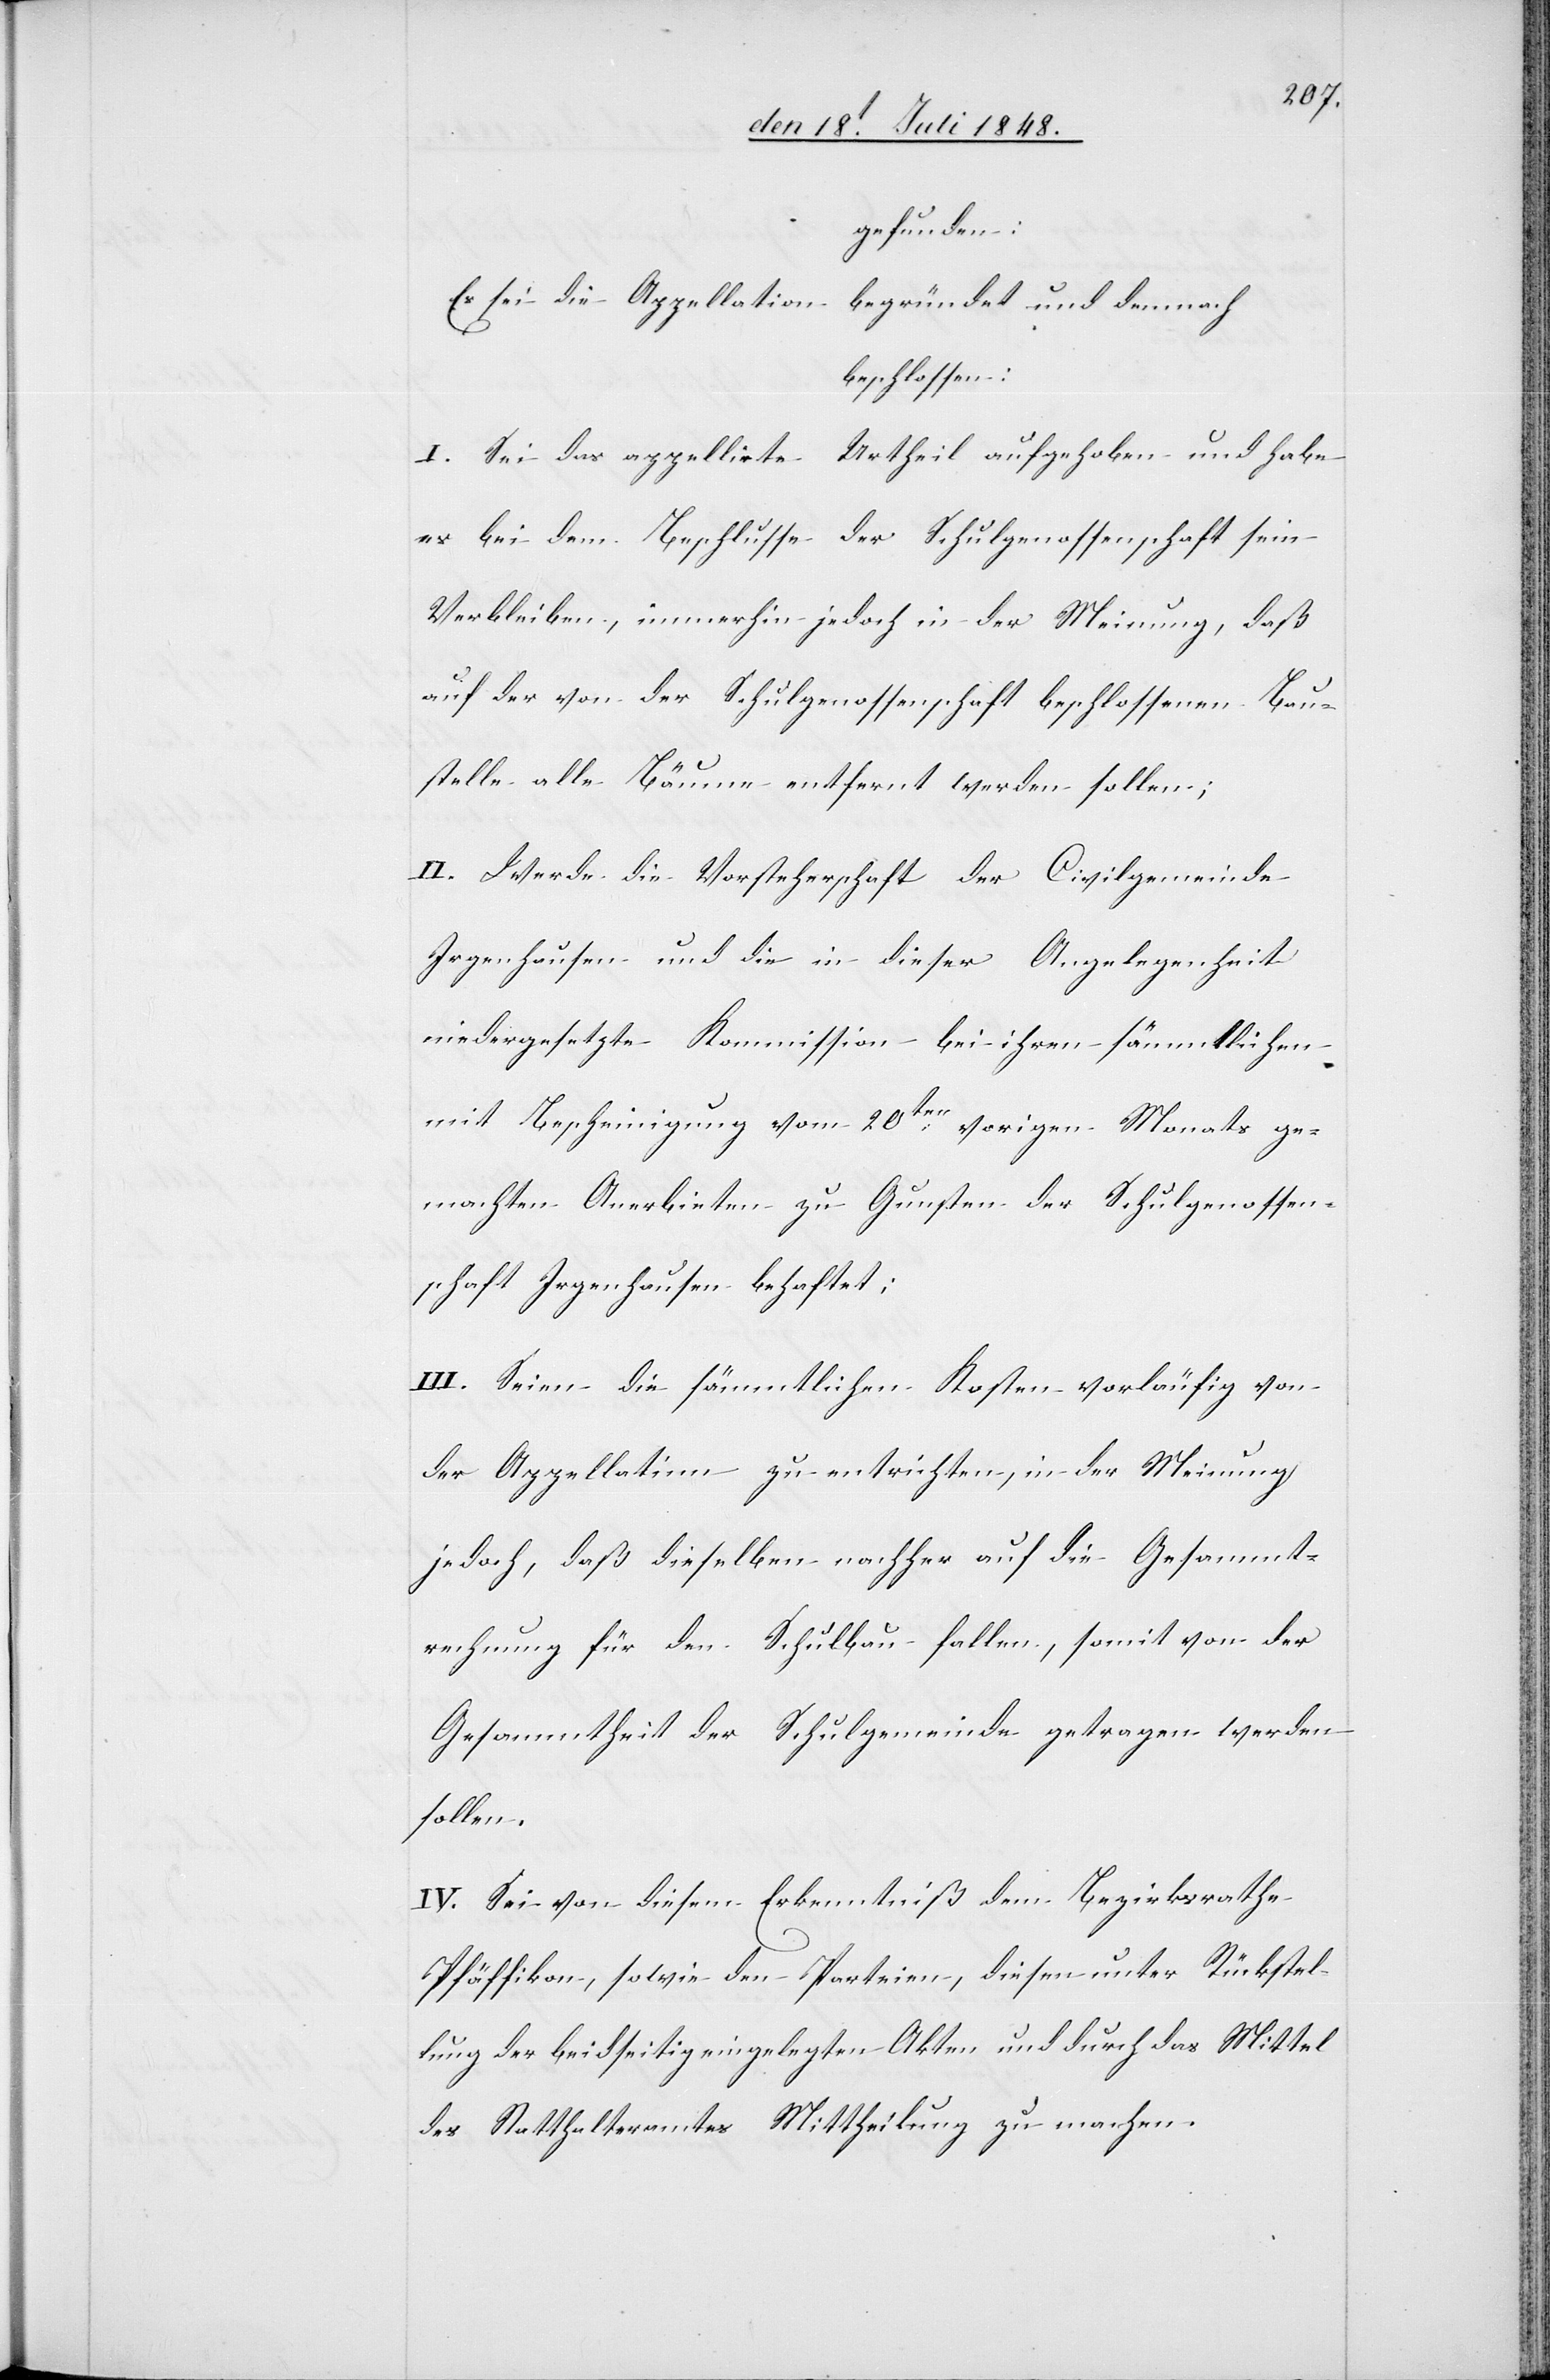
gefunden:
Es sei die Appellation begründet und demnach
beschlossen:
I. Sei das appellirte Urtheil aufgehoben und habe
es bei dem Beschlusse der Schulgenossenschaft sein
Verbleiben, immerhin jedoch in der Meinung, daß
auf der von der Schulgenossenschaft beschlossenen Bau¬
stelle alle Bäume entfernt werden sollen;
II. Werde die Vorsteherschaft der Civilgemeinde
Irgenhausen und die in dieser Angelegenheit
niedergesetzte Kommission bei ihren sämmtlichen
mit Bescheinigung vom 20ten vorigen Monats ge¬
machten Anerbieten zu Gunsten der Schulgenossen¬
schaft Irgenhausen behaftet;
III. Seien die sämmtlichen Kosten vorläufig von
der Appellatinn zu entrichten, in der Meinung
jedoch, daß dieselben nachher auf die Gesammt¬
rechnung für den Schulbau fallen, somit von der
Gesammtheit der Schulgemeinde getragen werden
sollen.
IV. Sei von diesem Erkenntniß dem Bezirksrathe
Pfäffikon, sowie den Parteien, diesen unter Rückstel¬
lung der beidseitig eingelegten Akten und durch das Mittel
des Statthalteramtes Mittheilung zu machen.